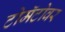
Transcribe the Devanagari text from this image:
टोमॅटोवर